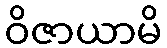
ဝိဇာယာမိ